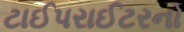
ટાઈપરાઈટરનો